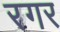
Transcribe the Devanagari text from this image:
रगर